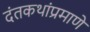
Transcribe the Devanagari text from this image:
दंतकथांप्रमाणे